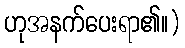
ဟုအနက်ပေးရာ၏။)